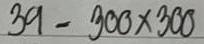
39 = 300x300